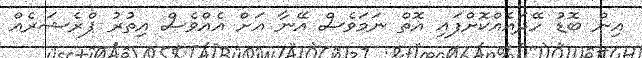
އިން ބޮޑު ހޭދައެއްކޮށްފައި އޮތް ނަމަވެސް އޭނާ އަށް އެއްވެސް އިތުރު ޕްރެޝަރެއް